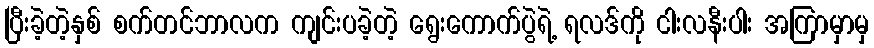
ပြီးခဲ့တဲ့နှစ် စက်တင်ဘာလက ကျင်းပခဲ့တဲ့ ရွေးကောက်ပွဲရဲ့ ရလဒ်ကို ငါးလနီးပါး အကြာမှာမှ